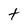
Character: t